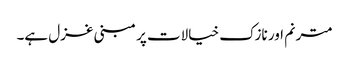
مترنم اور نازک خیالات پر مبنی غزل ہے۔